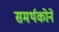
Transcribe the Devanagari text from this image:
समर्थकोने